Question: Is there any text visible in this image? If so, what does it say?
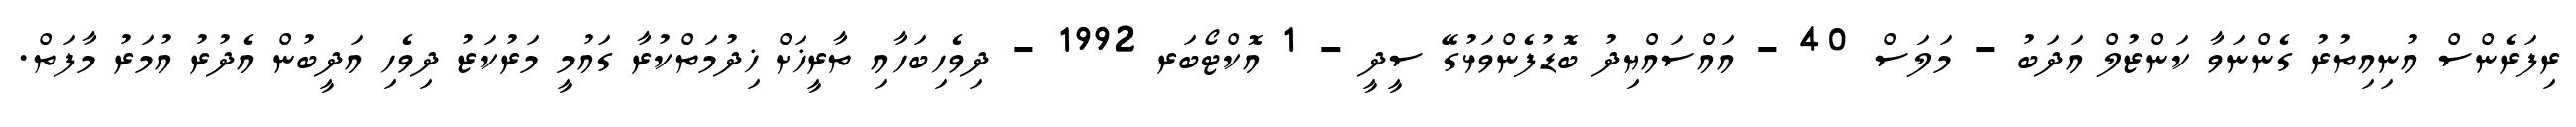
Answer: ރިފަރެންސް އުނިއިތުރު ގެންނަވާ ކަންޒުލް އަދަބު - މަލަސް 40 - އައްސައްޔިދު ބޮޑުފެންވަޅުގޭ ސީދީ - 1 އޮކްޓޯބަރ 1992 - ދިވެހިބަހާއި ތާރީޚަށް ޚިދުމަތްކުރާ ގައުމީ މަރުކަޒު ދިވެހި އަދީބުން އެދުރު އުމަރު މާފަތް.